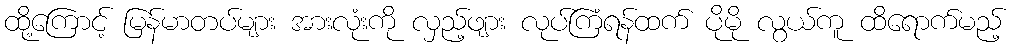
ထို့ကြောင့် မြန်မာတပ်များ အားလုံးကို လှည့်ဖျား လုပ်ကြံရန်ထက် ပိုမို လွယ်ကူ ထိရောက်မည့်